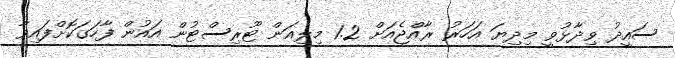
ސައީދު ވިދާޅުވީ މިދިޔަ އަހަރު ރާއްޖެއަށް 1.2 މިލިއަން ޓޫރިސްޓުން އައުން ފާހަގަކޮށްފައިވާ